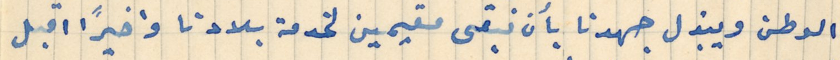
الوطن ويبذل جهدنا بأن نبقى مقيمين لخدمة بلادنا واخيرًا اقبل